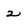
Character: 2